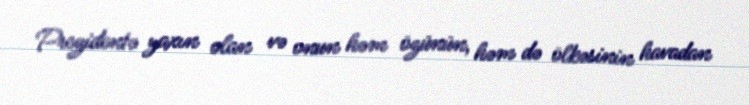
Prezidentə yaxın olan və onun həm özünün, həm də ölkəsinin havadan